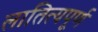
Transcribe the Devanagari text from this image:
लातित्यपूर्ण